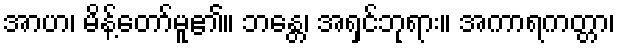
အာဟ၊ မိန့်တော်မူ၏။ ဘန္တေ၊ အရှင်ဘုရား။ အကာရကတ္တာ၊